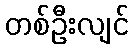
တစ်ဦးလျင်